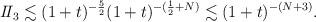
LaTeX: \begin{align*}\begin{aligned}I\!I_{3}\lesssim (1+t)^{-\frac{5}{2}}(1+t)^{-(\frac{1}{2}+N)}\lesssim (1+t)^{-(N+3)}.\end{aligned}\end{align*}